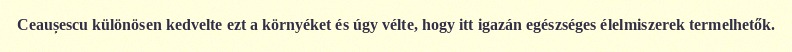
Ceaușescu különösen kedvelte ezt a környéket és úgy vélte, hogy itt igazán egészséges élelmiszerek termelhetők.